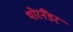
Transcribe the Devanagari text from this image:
थोरनैंडर